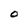
Character: O